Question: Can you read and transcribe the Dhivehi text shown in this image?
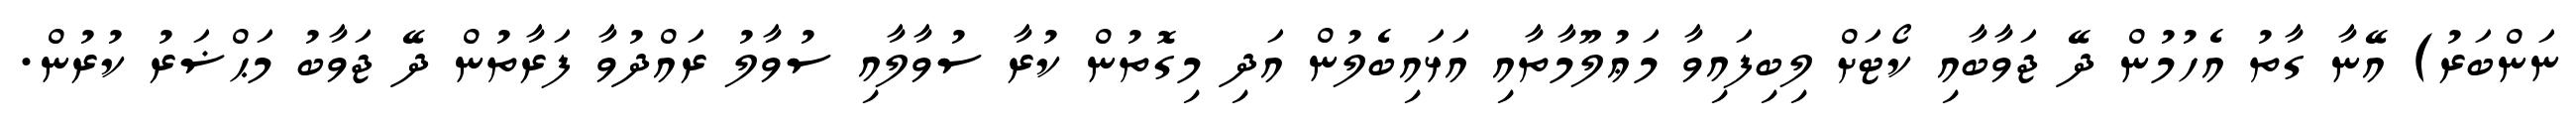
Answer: ނަންބަރު) އޭނާ ގާތު އެހުމުން ދޭ ޖަވާބާއި ކޯޓަށް ލިބިފައިވާ މަޢުލޫމާތާއި އަޅައިބެލުން އަދި މިގޮތުން ކުރާ ސުވާލާއި ސުވާލު ރައްދުވާ ފަރާތުން ދޭ ޖަވާބު މަޙްޟަރު ކުރުން.